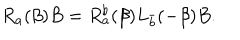
R _ { a } ( \beta ) B = R _ { a } ^ { b } ( \beta ) L _ { \bar { b } } ( - \beta ) B .